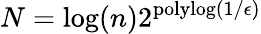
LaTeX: N=\log(n)2^{\mathrm{polylog}(1/\epsilon)}